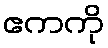
ဧကကို